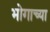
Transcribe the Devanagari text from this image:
भोगाच्या